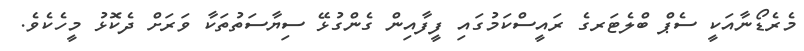
މެރެޑޯނާއަކީ ސެޕް ބްލެޓަރގެ ރައީސްކަމުގައި ފީފާއިން ގެންގުޅޭ ސިޔާސަތުތަކާ ވަރަށް ދެކޮޅު މީހެކެވެ.